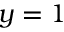
y = 1